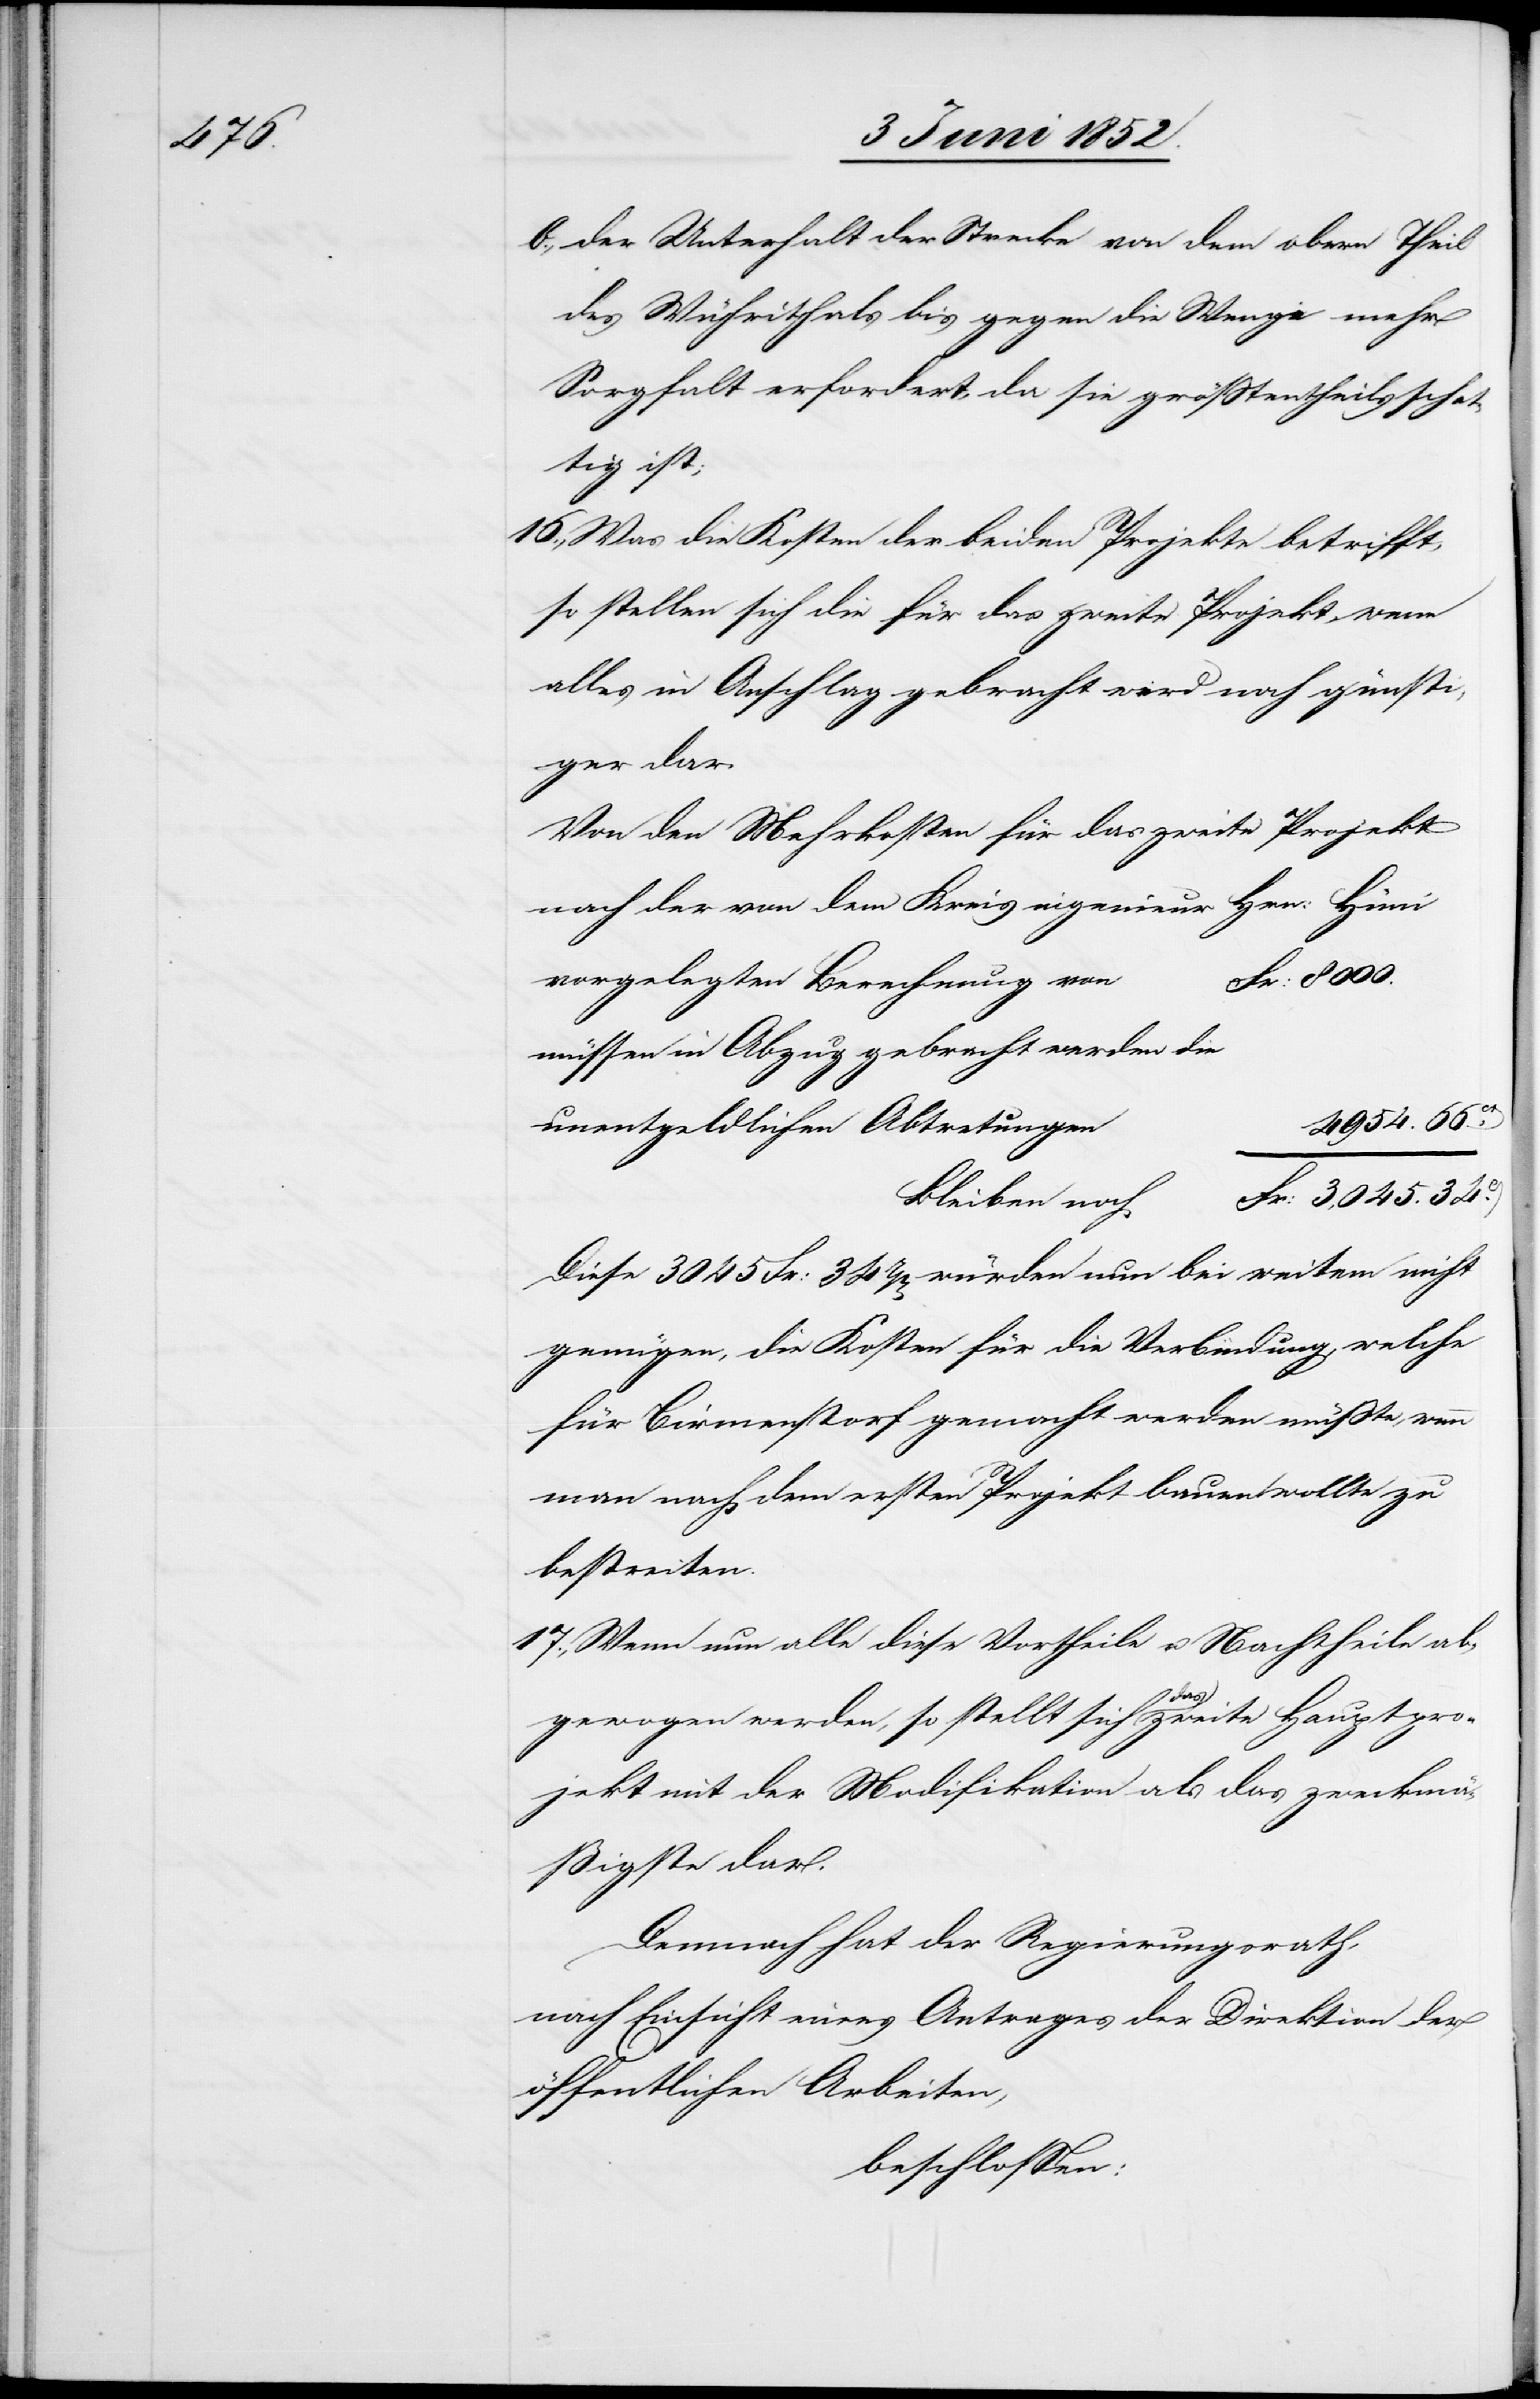
34ct.

der Unterhalt der Strecke von dem obern Theil
des Wührithals bis gegen die Wengi mehr
Sorgfalt erfordert, da sie grösstentheils schat¬
tig ist;
Was die Kosten der beiden Projekte betrifft,
so stellen sich die für das zweite Projekt, wenn
alles in Anschlag gebracht wird noch günsti¬
ger dar.
Von den Mehrkosten für das zweite Projekt
nach der von dem Kreisingenieur Hrn: Hüni
vorgelegten Berechnung von
müssen in Abzug gebracht werden die
unentgeldlichen Abtretungen
Bleiben noch
Diese 3045 Fr: 34rp[en] würden nun bei weitem nicht
genügen, die Kosten für die Verbindung, welche
für Birmenstorf gemacht werden müsste, wenn
man nach dem ersten Projekt bauen wollte zu
bestreiten.
Wenn nun alle diese Vortheile u. Nachtheile ab¬
gewogen werden, so stellt sich das zweite Hauptpro¬
jekt mit der Modifikation als das zweckmä¬
ßigste dar.
Demnach hat der Regierungsrath,
nach Einsicht eines Antrages der Direktion der
öffentlichen Arbeiten,
beschlossen: